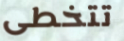
تتخطى